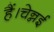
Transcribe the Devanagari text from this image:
हैं।चेन्नई